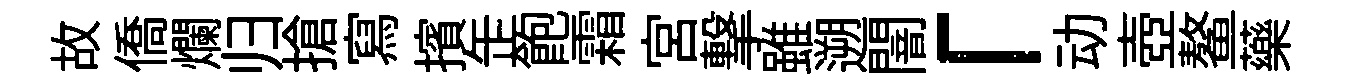
故僑爛归搶寫擯𦈢飽霜宮撃雖遡闇「动壺鳌藥